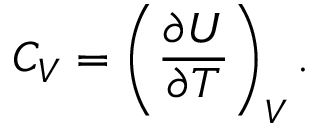
C _ { V } = \left( { \frac { \partial U } { \partial T } } \right) _ { V } .